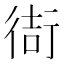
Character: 𫋮